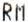
RM